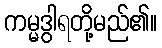
ကမ္မဒွါရတို့မည်၏။